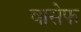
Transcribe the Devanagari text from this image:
वासेफ